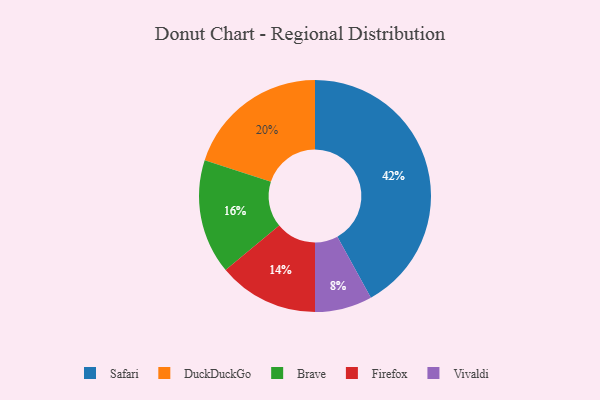
{"axis": {"x": "Category", "y": "Percentage"}, "legend": ["Brave", "DuckDuckGo", "Firefox", "Safari", "Vivaldi"], "data": [{"x": "Vivaldi", "y": 8, "type": "Vivaldi"}, {"x": "DuckDuckGo", "y": 20, "type": "DuckDuckGo"}, {"x": "Brave", "y": 16, "type": "Brave"}, {"x": "Safari", "y": 42, "type": "Safari"}, {"x": "Firefox", "y": 14, "type": "Firefox"}]}